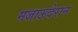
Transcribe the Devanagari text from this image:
मजाऊदेरान